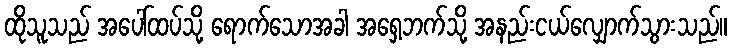
ထိုသူသည် အပေါ်ထပ်သို့ ရောက်သောအခါ အရှေ့ဘက်သို့ အနည်းငယ်လျှောက်သွားသည်။